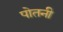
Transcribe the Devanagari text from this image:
पोतनी